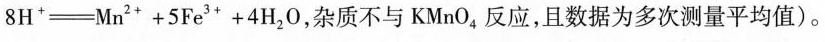
8H*-Mn2'+5Fe3'+4H20，杂质不与KMnO，反应，且数据为多次测量平均值)。